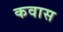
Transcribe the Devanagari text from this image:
कवास